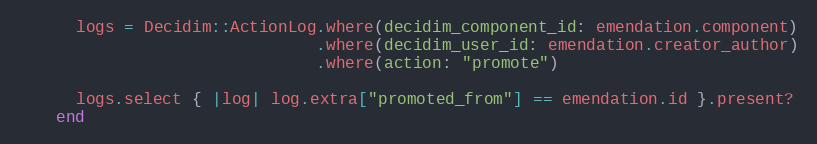
Language: Ruby
      logs = Decidim::ActionLog.where(decidim_component_id: emendation.component)
                               .where(decidim_user_id: emendation.creator_author)
                               .where(action: "promote")

      logs.select { |log| log.extra["promoted_from"] == emendation.id }.present?
    end